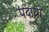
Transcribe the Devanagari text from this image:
पदाथ्रो